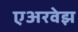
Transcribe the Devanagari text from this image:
एअरवेझ